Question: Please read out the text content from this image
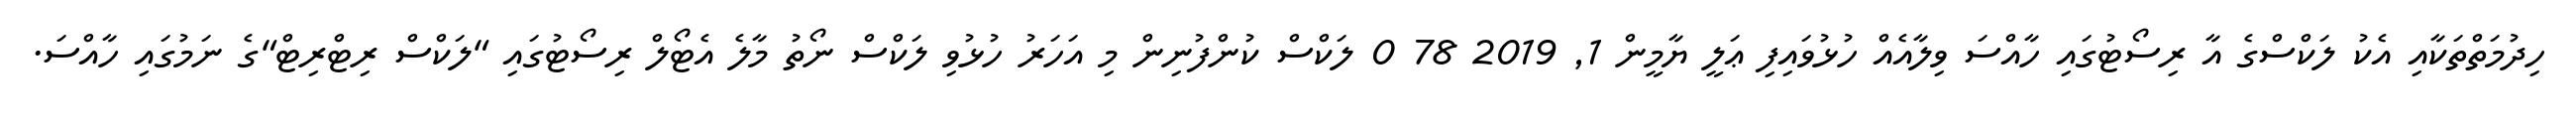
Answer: ހިދުމަތްތަކާއި އެކު ލަކްސްގެ އާ ރިސޯޓުގައި ހާއްސަ ވިލާއެއް ހުޅުވައިފި ޢަލީ ޔާމީން 1, 2019 78 0 ލަކްސް ކުންފުނިން މި އަހަރު ހުޅުވި ލަކްސް ނޯތު މާލެ އެޓޯލް ރިސޯޓުގައި "ލަކްސް ރިޓްރިޓް"ގެ ނަމުގައި ހާއްސަ.